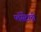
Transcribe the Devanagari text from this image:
प्लॅसेंटाची